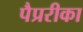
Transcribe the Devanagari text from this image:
पैप्ररीका